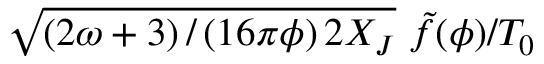
\sqrt { \left( { 2 \omega + 3 } \right) / \left( { 1 6 \pi \phi } \right) 2 X _ { J } } ~ { \tilde { f } ( \phi ) } / { T _ { 0 } }